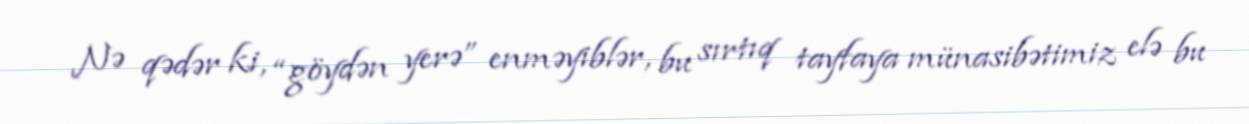
Nə qədər ki, “göydən yerə” enməyiblər, bu sırtıq tayfaya münasibətimiz elə bu